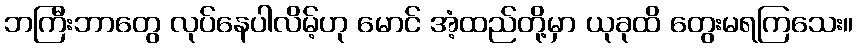
ဘကြီးဘာတွေ လုပ်နေပါလိမ့်ဟု မောင် အံ့ထည်တို့မှာ ယုခုထိ တွေးမရကြသေး။